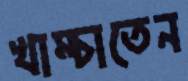
খাম্‌চাতেন